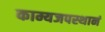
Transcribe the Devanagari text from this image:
काम्यजपस्थानं